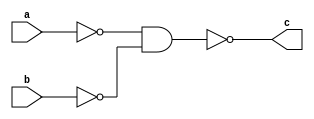
`timescale 1ns / 1ps
module _Or(input a,b,
    output c);
    wire _a,_b;
    nand X1(_a,a,a);
    nand X2(_b,b,b);
    nand X3(c,_a,_b);
endmodule